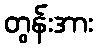
တွန်းအား